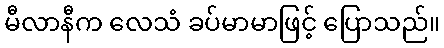
မီလာနီက လေသံ ခပ်မာမာဖြင့် ပြောသည်။